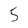
Character: 5